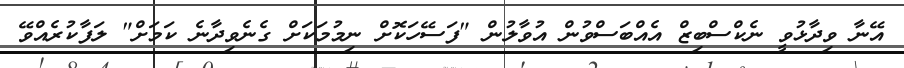
އޭނާ ވިދާޅުވީ ނެކްސްބިޒް އެއްބަސްވުން އުވާލުން "ފަސޭހަކޮށް ނިމުމަކަށް ގެނެވިދާނެ ކަމަށް" ލަފާކުރެއްވޭ